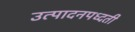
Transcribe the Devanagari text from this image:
उत्पादनपध्दती